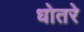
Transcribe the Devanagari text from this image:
धोतरे